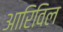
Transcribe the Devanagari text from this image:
आरिविल